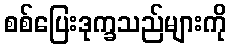
စစ်ပြေးဒုက္ခသည်များကို